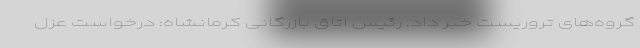
گروه‌های تروریست خبر داد. رئیس اتاق بازرگانی کرمانشاه: درخواست عزل